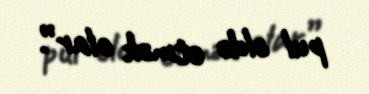
pul əldə etmək olar”.